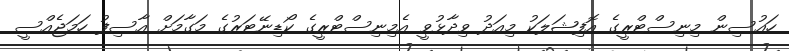
ހައުސިން މިނިސްޓްރީގެ އޮފިޝަލަކު މިއަދު ވިދާޅުވީ އެމިނިސްޓްރީގެ ކޯޑިނޭޓަރުގެ މަގާމަށް އާސިފު ހަމަޖެއްސީ